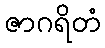
ဇာဂရိတံ